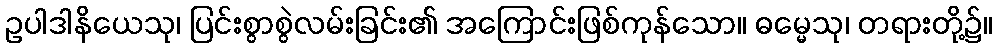
ဥပါဒါနိယေသု၊ ပြင်းစွာစွဲလမ်းခြင်း၏ အကြောင်းဖြစ်ကုန်သော။ ဓမ္မေသု၊ တရားတို့၌။